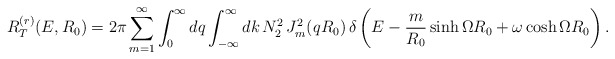
\begin{align*}R_T^{(r)}(E,R_0)=2\pi\sum_{m=1}^{\infty}\int_{0}^{\infty}dq \int_{-\infty}^{\infty}dk\,N_2^2\,J_m^2(qR_0)\, \delta\left(E-\frac{m}{R_0}\sinh\Omega R_0 +\omega\cosh\Omega R_0\right).\end{align*}